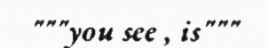
"""you see , is"""